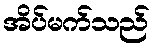
အိပ်မက်သည်